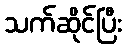
သက်ဆိုင်ပြီး